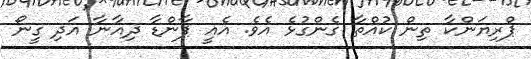
ޕްރިޔަންކާ ތިން ކުއްތާ ގެންގުޅެ އެވެ. އެއީ ޕާންޑާ ދިއާނާ އަދި ގީނޯ